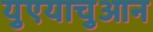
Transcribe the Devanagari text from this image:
युएयाचुआन